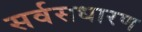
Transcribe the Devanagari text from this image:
सर्वसधारण